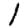
Digit: 1